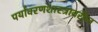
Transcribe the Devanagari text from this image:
पर्यावरणशास्त्रावरील